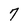
Character: 7